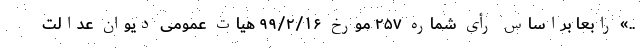
..» رابعاً براساس رأی شماره ۲۵۷ مورخ ۹۹/۲/۱۶ هیات عمومی دیوان عدالت